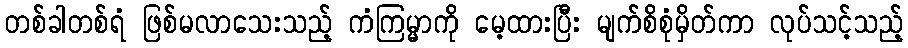
တစ်ခါတစ်ရံ ဖြစ်မလာသေးသည့် ကံကြမ္မာကို မေ့ထားပြီး မျက်စိစုံမှိတ်ကာ လုပ်သင့်သည့်